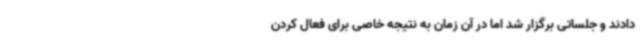
دادند و جلساتی برگزار شد اما در آن زمان به نتیجه خاصی برای فعال کردن